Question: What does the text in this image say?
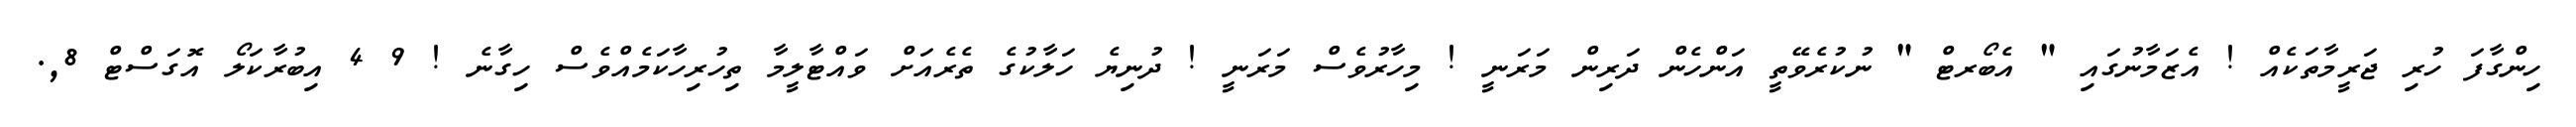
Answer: ހިންގާފަ ހުރި ޖަރީމާތަކެއް ! އެޒަމާނުގައި " އެބޯރޓް " ނުކުރެވޭތީ އަންހެން ދަރިން މަރަނީ ! މިހާރުވެސް މަރަނީ ! ދުނިޔެ ހަލާކުގެ ތެރެއަށް ވައްޓާލީމާ ތިހުރިހާކަމެއްވެސް ހިގާނެ ! 9 4 އިބުރާކަލޯ އޮގަސްޓް 8,.